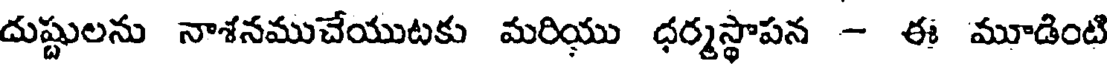
దుష్టులను నాశనముచేయుటకు మరియు ధర్మస్థాపన - ఈ మూడింటి